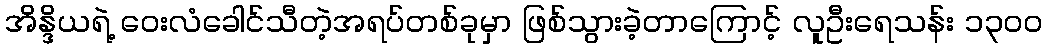
အိန္ဒိယရဲ့ ဝေးလံခေါင်သီတဲ့အရပ်တစ်ခုမှာ ဖြစ်သွားခဲ့တာကြောင့် လူဦးရေသန်း ၁၃၀၀